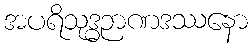
အပရိသုဒ္ဓဉာဏဒဿနော